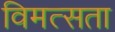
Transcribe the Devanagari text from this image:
विमत्सता